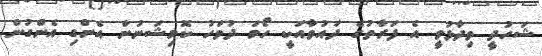
ޝަހުދީ ވިދާޅުވީ އެ ފަރާތުގެ ދައުވާއަކީ ހޯމަ ދުވަހު ކޮމިޝަނުން އެންގި އެންގުން